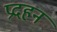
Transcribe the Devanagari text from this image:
प्रदहन